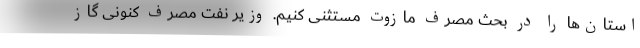
استان‌ها را در بحث مصرف مازوت مستثنی کنیم. وزیر نفت مصرف کنونی گاز